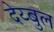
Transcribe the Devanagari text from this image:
देय्बुल